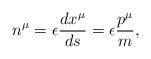
LaTeX: \begin{align*}n^\mu =\epsilon \frac{dx^\mu }{ds}=\epsilon \frac{p^\mu }m, \end{align*}